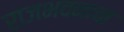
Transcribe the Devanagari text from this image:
राजभवनाचा